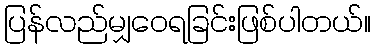
ပြန်လည်မျှဝေရခြင်းဖြစ်ပါတယ်။